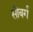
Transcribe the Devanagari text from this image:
सीबर्ग